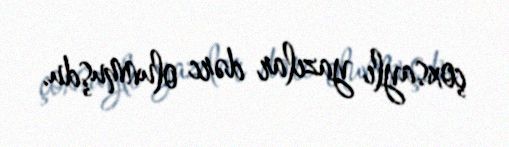
çoxsaylı yazılar dərc olunmuşdu.